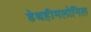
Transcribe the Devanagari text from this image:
डेथहीमलोनिल